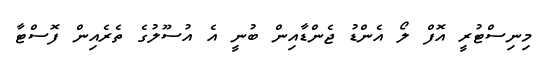
މިނިސްޓުރީ އޮފް ލޯ އެންޑު ޖެންޑާއިން ބުނީ އެ އުސޫލުގެ ތެރެއިން ފޮސްޓާ